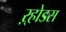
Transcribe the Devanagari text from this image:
ऱ्होडस